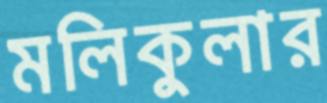
মলিকুলার